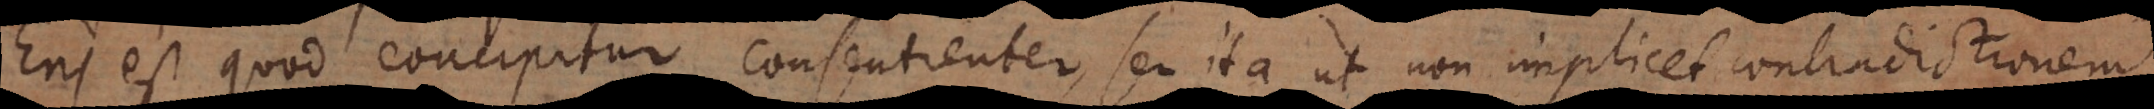
Ens est quod concipitur consentienter, seu ita ut non implicet contradictionem.